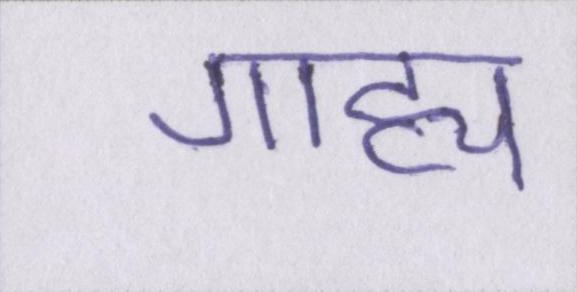
गाह्य